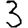
Digit: 3